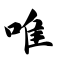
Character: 唯